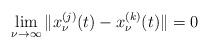
LaTeX: \begin{align*}\lim_{\nu \rightarrow \infty }\|x_\nu ^{(j)}(t)-x_\nu ^{(k)}(t)\|=0\end{align*}